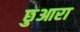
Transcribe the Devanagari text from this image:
छुआरा